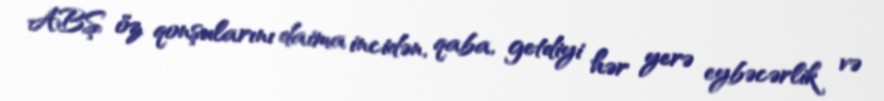
ABŞ öz qonşularını daima incidən, qaba, getdiyi hər yerə eybəcərlik və